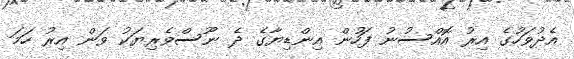
އެދުވަހުގެ އިރު އޮއްސުނު ފަހުން އިންޑިޔާގެ ދެ ނޫސްވެރިޔަކު ވަން އިރު ހަމަ